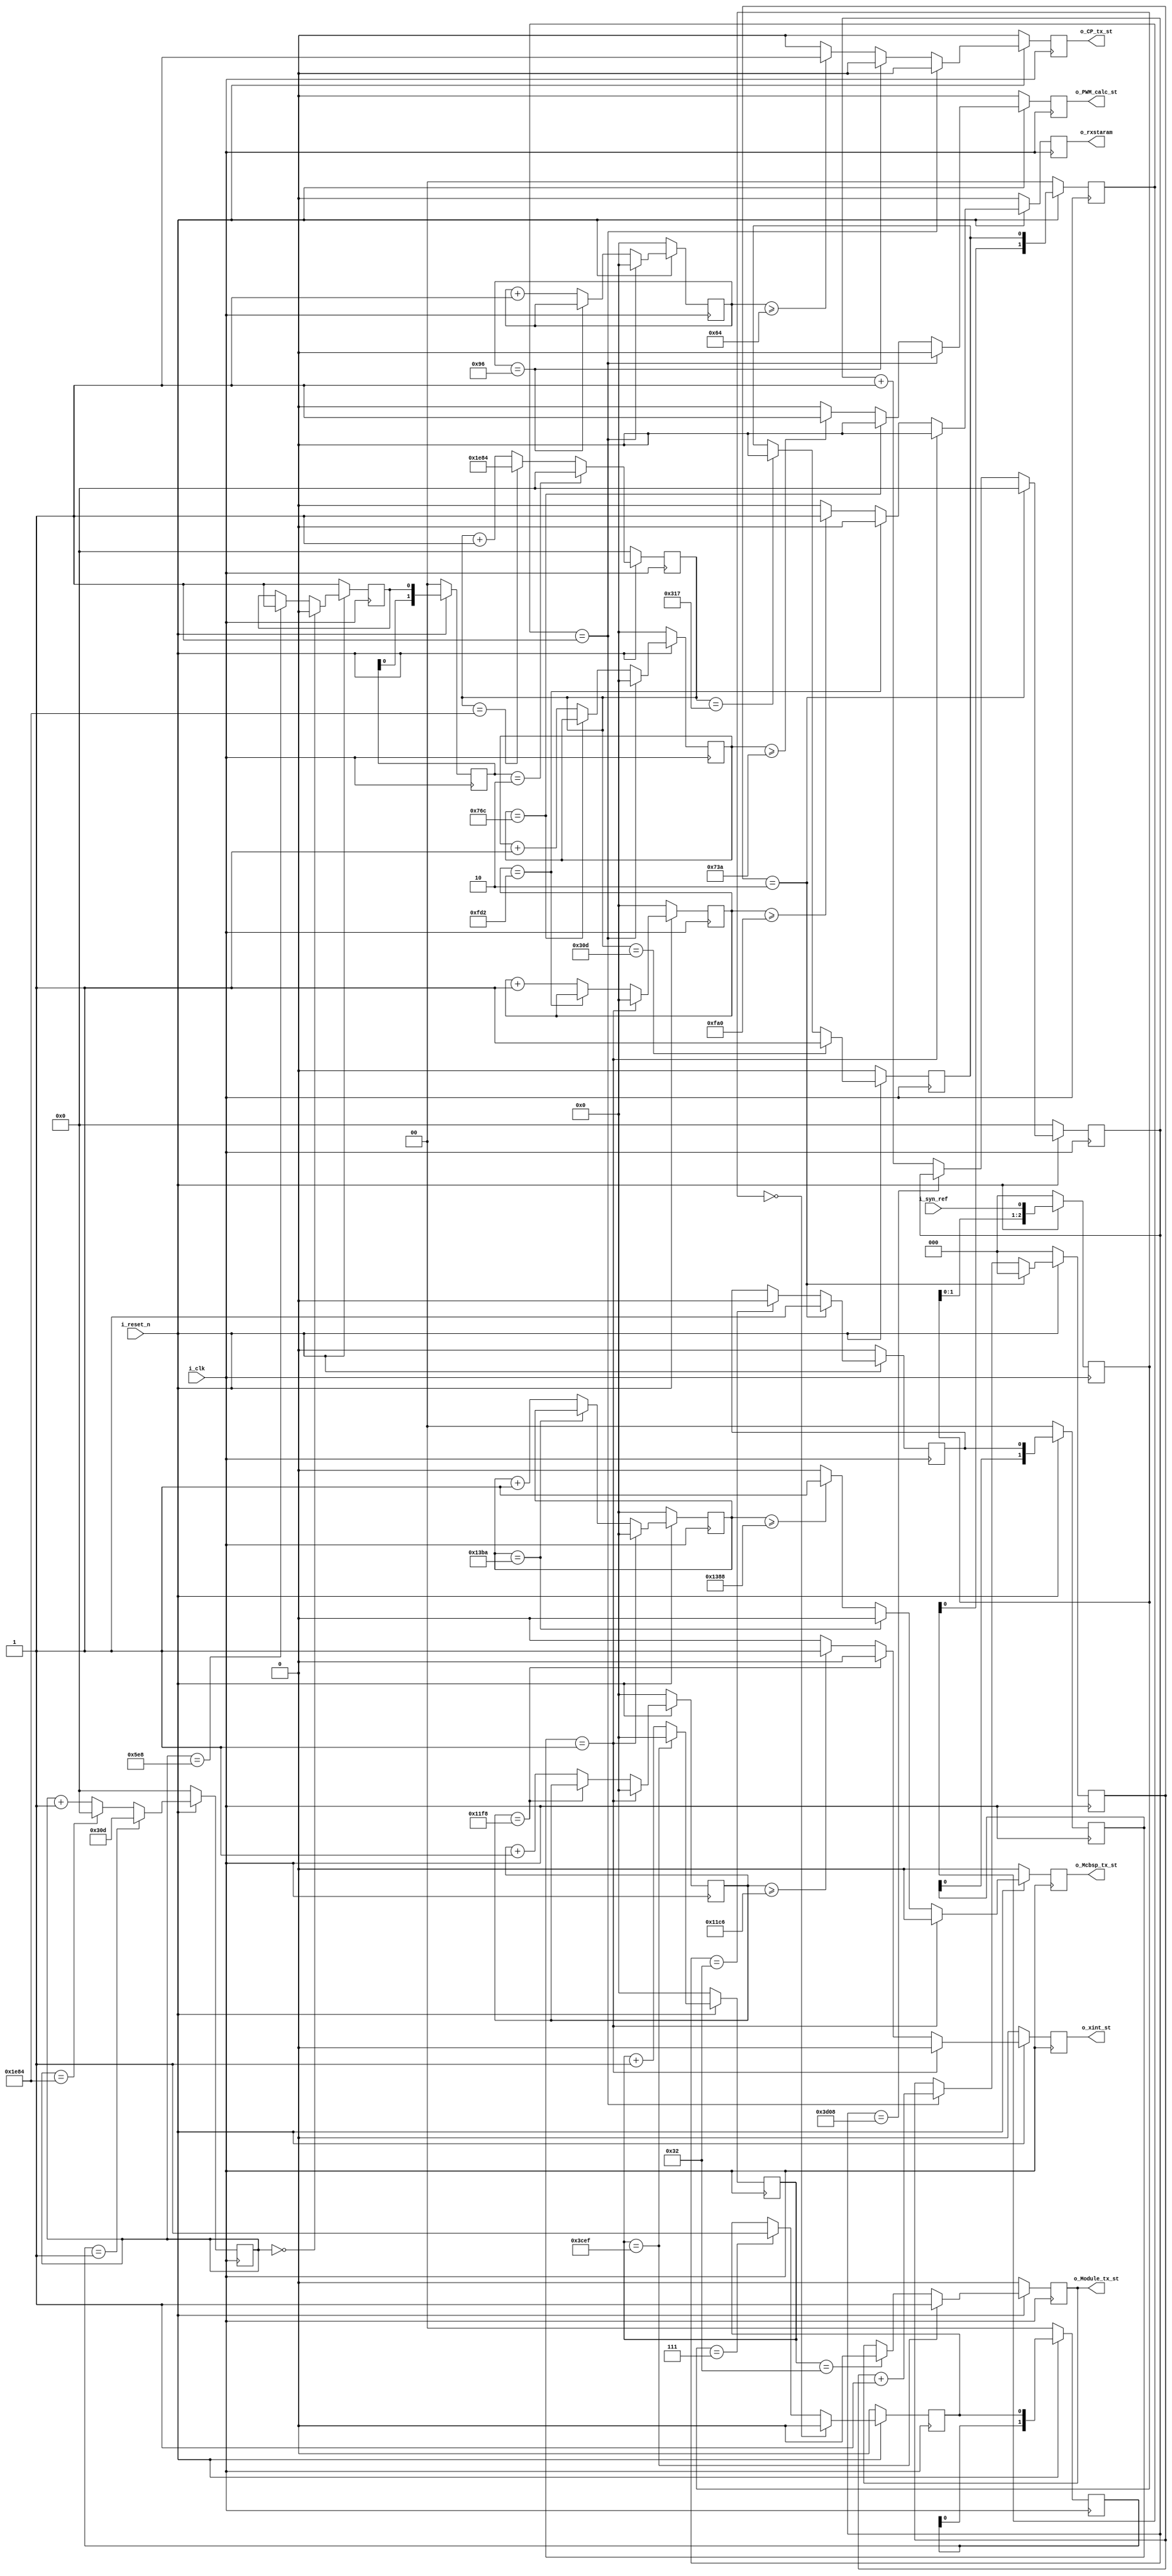
`timescale 1ns / 1ps
//////////////////////////////////////////////////////////////////////////////////
// Company: 
// Engineer: 
// 
// Design Name: 
// Module Name:    Int_Ena_ctrl 
// Project Name: 
// Target Devices: 
// Tool versions: 
// Description: 
//
// Dependencies: 
//
// Revision: 
// Revision 0.01 - File Created
// Additional Comments: 
//
//////////////////////////////////////////////////////////////////////////////////
module Int_Ena_ctrl(
    input i_clk,
    input i_reset_n,
	 input i_syn_ref,//78.12us 
	 output reg o_xint_st,
	 output reg o_PWM_calc_st,
	 output reg o_Module_tx_st,
	 output reg o_CP_tx_st,
	 output reg o_Mcbsp_tx_st,
	 output reg o_rxstaram
    );
 
parameter syn_period = 7812; //78.12us 
parameter double_period = 15624;
parameter DELAY_PWM = 1850;//18.5uso_PWM_calc_st
parameter DELAY_DPRAM =4550;//45.5usDPRAM
parameter DELAY_UNIT = 15599;//156uso_Module_tx_st
parameter DELAY_TXCP = 100;//1us,78us
parameter DELAY_Mcbsp = 5000;//50usmcbsp
parameter PULSE = 50;
parameter DELAY_RXSTARAM = 4000;//RAM

reg [15:0] cnt_pwm;
reg [15:0] cnt_dpram;
reg [15:0] cnt_unit;
reg [15:0] cnt_txCP;
reg [15:0] cnt_mcbsp;
reg start_syn;
reg Doubstart_syn;	 
	 
reg[2:0] i_fs_reg,double_cnt;
reg fs_in,fs_s,prod_fs;
reg[1:0] fs_in_reg,fs_s_reg,start_syn_reg,Doubstart_syn_reg;
reg[13:0] fs_in_cnt,fs_s_cnt,start_syn_cnt;

//****start_synDoubstart_syni_syn_ref78/156us****//
always @ (posedge i_clk)
begin
	if(!i_reset_n)begin
		i_fs_reg<=3'b000;
		fs_in<=1'b0;
		fs_in_reg<=2'b00;
		fs_in_cnt<=14'd0;
		fs_s<=1'b1;
		fs_s_reg<=2'b00;
		fs_s_cnt<=14'd0;
		start_syn<=1'b0;
	end
	else begin
		i_fs_reg<={i_fs_reg[1:0],i_syn_ref};	//i_syn_ref
		if(i_fs_reg==3'b000) fs_in<=1'b0;
		else if(i_fs_reg==3'b111) fs_in<=1'b1;//fs_in i_syn_ref
		else fs_in<=fs_in;	
		
		fs_in_reg<={fs_in_reg[0],fs_in};  //  
		if(fs_in_reg==2'b01) fs_in_cnt<=14'd781;   //1562CPU
		else if(fs_in_cnt==syn_period)fs_in_cnt<=14'd0;//
		else fs_in_cnt<=fs_in_cnt+1;	
		
		if(fs_in_cnt==14'd0) fs_s<=1'b0;
		else if(fs_in_cnt==14'd1512) fs_s<=1'b1;// fs_s fs_in 
		else fs_s<=fs_s;
		fs_s_reg<={fs_s_reg[0],fs_s};  //fs_s  fs_s_reg
		
		if(fs_s_reg==2'b10) fs_s_cnt<=14'd0; //fs_s_cnt
		else if(fs_s_cnt==syn_period)fs_s_cnt<=syn_period;//7812  
		else fs_s_cnt<=fs_s_cnt+1;

		if(fs_s_cnt==14'd781) start_syn<=1'b1;     //  
		else if(fs_s_cnt==14'd791) start_syn<=1'b0;//  
		else start_syn<=start_syn;
	end
end

always @ (posedge i_clk) 
begin
	if(!i_reset_n)begin
		start_syn_reg<=2'b00;
		double_cnt<=2'd0;
		start_syn_cnt<=14'd0;
		Doubstart_syn <= 1'b0;
    end
	 else begin
		start_syn_reg<={start_syn_reg[0],start_syn};
		if(double_cnt==3'd2)double_cnt<=3'd0;
		else if(start_syn_reg==2'b01) double_cnt<=double_cnt+1;
		else double_cnt<=double_cnt;

		if(double_cnt==3'd2) start_syn_cnt<=14'd0;
		else if(start_syn_cnt==double_period) start_syn_cnt<=start_syn_cnt;
		else start_syn_cnt<=start_syn_cnt+1;

		if(double_cnt==3'd2) Doubstart_syn<=1'b1;
		else if(start_syn_cnt==PULSE) Doubstart_syn<=1'b0;
		else Doubstart_syn<=Doubstart_syn;
	end
end

always @ (posedge i_clk) 
begin
	if(!i_reset_n)begin
		Doubstart_syn_reg<=2'b00;
    end
	 else begin
		Doubstart_syn_reg<={Doubstart_syn_reg[0],Doubstart_syn};
	end
end

//****************************78.12uso_PWM_calc_st****************************//
always @ (posedge i_clk)
begin
     if(!i_reset_n)begin
		  cnt_pwm   <= 16'd0;
		  o_PWM_calc_st <= 1'b0;
	  end
	  else if(start_syn_reg==2'b01)begin
	     cnt_pwm   <= 16'd0;
		  o_PWM_calc_st <= 1'b0;
	  end
	  else if(cnt_pwm  == (DELAY_PWM + PULSE))begin
		  cnt_pwm   <= cnt_pwm;
		  o_PWM_calc_st <= 1'b0;
	  end
	  else if(cnt_pwm >= DELAY_PWM)begin
		  cnt_pwm   <= cnt_pwm + 16'd1;
		  o_PWM_calc_st <= 1'b1;
	  end
	  else begin
		  cnt_pwm   <= cnt_pwm + 16'd1;
		  o_PWM_calc_st <= 1'b0;
	  end
end 
//****************************o_Module_tx_st****************************//
always @ (posedge i_clk)
begin
     if(!i_reset_n)begin
		  cnt_unit   <= 16'd0;
		  o_Module_tx_st <= 1'b0;
	  end
	  else if(cnt_unit  == DELAY_UNIT)begin 
		  cnt_unit <= 16'd0;
		  o_Module_tx_st <= 1'b1;
	  end
	  else if(cnt_unit == PULSE)begin
		  cnt_unit   <= cnt_unit + 16'd1;
		  o_Module_tx_st <= 1'b0;
	  end
	  else begin
		  cnt_unit   <= cnt_unit + 16'd1;
		  o_Module_tx_st <= o_Module_tx_st;
	  end
end 
//****************************o_xint_st****************************//
always @ (posedge i_clk)
begin
     if(!i_reset_n)begin
		  cnt_dpram   <= 16'd0;
		  o_xint_st <= 1'b0;
	  end
	  else if(Doubstart_syn_reg==2'b01)begin
	     cnt_dpram   <= 16'd0;
		  o_xint_st <= 1'b0;
	  end
	  else if(cnt_dpram  == (DELAY_DPRAM + PULSE))begin 
		  cnt_dpram   <= cnt_dpram;
		  o_xint_st <= 1'b0;
	  end
	  else if(cnt_dpram >= DELAY_DPRAM)begin
		  cnt_dpram   <= cnt_dpram + 16'd1;
		  o_xint_st <= 1'b1;
	  end
	  else begin
		  cnt_dpram   <= cnt_dpram + 16'd1;
		  o_xint_st <= 1'b0;
	  end
end
//****************************o_rxstaram****************************//
reg [15:0]cnt_rx;
always @ (posedge i_clk)
begin
     if(!i_reset_n)begin
		  cnt_rx   <= 16'd0;
		  o_rxstaram <= 1'b0;
	  end
	  else if(Doubstart_syn_reg==2'b01)begin
	     cnt_rx   <= 16'd0;
		  o_rxstaram <= 1'b0;
	  end
	  else if(cnt_rx  == (DELAY_RXSTARAM + PULSE))begin 
		  cnt_rx   <= cnt_rx;
		  o_rxstaram <= 1'b0;
	  end
	  else if(cnt_rx >= DELAY_RXSTARAM)begin
		  cnt_rx   <= cnt_rx + 16'd1;
		  o_rxstaram <= 1'b1;
	  end
	  else begin
		  cnt_rx   <= cnt_rx + 16'd1;
		  o_rxstaram <= 1'b0;
	  end
end 
//****************************o_CP_tx_st****************************//
always @ (posedge i_clk)
begin
     if(!i_reset_n)begin
		  cnt_txCP   <= 16'd0;
		  o_CP_tx_st <= 1'b0;
	  end
	  else if(start_syn_reg==2'b01)begin
	     cnt_txCP   <= 16'd0;
		  o_CP_tx_st <= 1'b0;
	  end
	  else if(cnt_txCP  == (DELAY_TXCP + PULSE))begin
		  cnt_txCP   <= cnt_txCP;
		  o_CP_tx_st <= 1'b0;
	  end
	  else if(cnt_txCP >= DELAY_TXCP)begin
		  cnt_txCP   <= cnt_txCP + 16'd1;
		  o_CP_tx_st <= 1'b1;
	  end
	  else begin
		  cnt_txCP   <= cnt_txCP + 16'd1;
		  o_CP_tx_st <= 1'b0;
	  end
end  
//****************************o_Mcbsp_tx_st****************************//
always @ (posedge i_clk)
begin
     if(!i_reset_n)begin
		  cnt_mcbsp   <= 16'd0;
		  o_Mcbsp_tx_st <= 1'b0;
	  end
	  else if(Doubstart_syn_reg==2'b01)begin
	     cnt_mcbsp   <= 16'd0;
		  o_Mcbsp_tx_st <= 1'b0;
	  end
	  else if(cnt_mcbsp  == (DELAY_Mcbsp + PULSE))begin
		  cnt_mcbsp   <= cnt_mcbsp;
		  o_Mcbsp_tx_st <= 1'b0;
	  end
	  else if(cnt_mcbsp >= DELAY_Mcbsp)begin
		  cnt_mcbsp   <= cnt_mcbsp + 16'd1;
		  o_Mcbsp_tx_st <= 1'b1;
	  end
	  else begin
		  cnt_mcbsp   <= cnt_mcbsp + 16'd1;
		  o_Mcbsp_tx_st <= 1'b0;
	  end
end 


//////-----------------------------------Test---------------------------------//
////chipscope 
//wire [35:0] ILAControl;
//wire [79:0] data_chipscp; 
//assign data_chipscp [0] = {i_syn_ref};
//assign data_chipscp [1] = {fs_in};
//assign data_chipscp [2] = {fs_s};
//assign data_chipscp [3] = {start_syn};
//assign data_chipscp [6:4] = {double_cnt};
//assign data_chipscp [7] = {Doubstart_syn};
//assign data_chipscp [8] = {o_PWM_calc_st};
//assign data_chipscp [9] = {o_Module_tx_st};
//assign data_chipscp [10] = {o_xint_st};
//assign data_chipscp [11] = {o_CP_tx_st};
//assign data_chipscp [12] = {o_Mcbsp_tx_st};
//assign data_chipscp [13] = {o_rxstaram};
////assign data_chipscp [47:32] = {M48_T,M47_T,M46_T,M45_T,M44_T,M43_T,M42_T,M41_T,M40_T,M39_T,M38_T,M37_T,M36_T,M35_T,M34_T,M33_T};
////assign data_chipscp [63:48] = {M64_T,M63_T,M62_T,M61_T,M60_T,M59_T,M58_T,M57_T,M56_T,M55_T,M54_T,M53_T,M52_T,M51_T,M50_T,M49_T};
////assign data_chipscp [79:64] = {8'b0,M72_T,M71_T,M70_T,M69_T,M68_T,M67_T,M66_T,M65_T};
//
//
//new_icon SVG_icon ( 
//     .CONTROL0            ( ILAControl) 
//); 
//
//new_ila SVG_ila ( 
//     .CONTROL            ( ILAControl), 
//     .CLK                ( i_clk), 
//     .DATA               ( data_chipscp), 
//     .TRIG0              (i_syn_ref ) ,
//	    .TRIG1              ( ),
//     .TRIG2              ( ), 
//	    .TRIG3              ( )
//);


endmodule